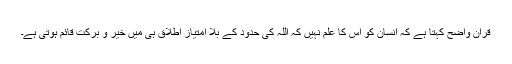
قرآن واضح کہتا ہے کہ انسان کو اس کا علم نہیں کہ اللہ کی حدود کے بلا امتیاز اطلاق ہی میں خیر و برکت قائم ہوتی ہے۔